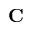
\mathbf { C }